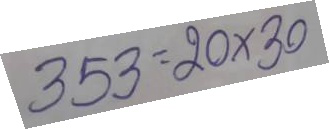
353 = 20 x 30